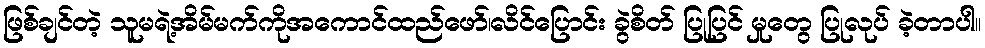
ဖြစ်ချင်တဲ့ သူမရဲ့အိမ်မက်ကိုအကောင်ထည်ဖော်၊လိင်ပြောင်း ခွဲစိတ် ပြုပြင် မှုတွေ ပြုလုပ် ခဲ့တာပါ။